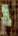
لم